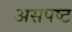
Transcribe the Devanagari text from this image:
असपष्ट